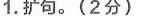
1.扩句。(2分)